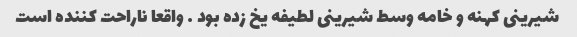
شیرینی کهنه و خامه وسط شیرینی لطیفه یخ زده بود … واقعا ناراحت کننده است